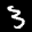
Label: 3